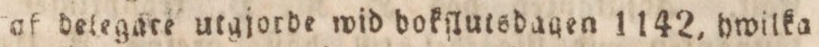
af delegate utgjorde wid dokſlutsdagen 1142, hwilka